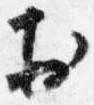
於